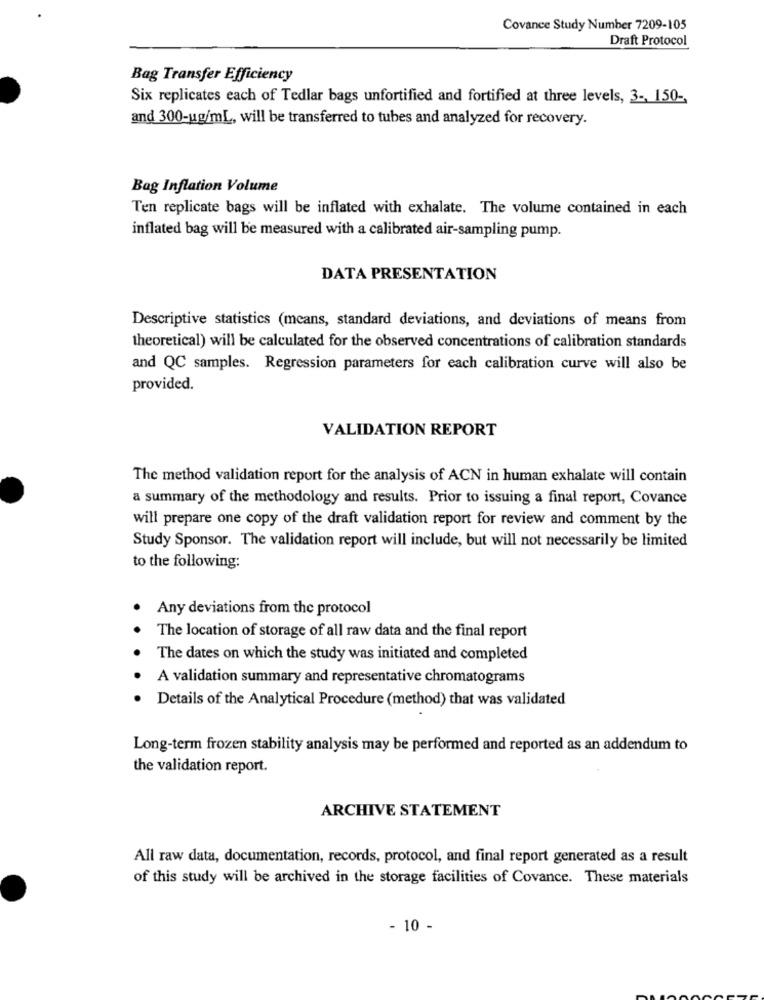
Covance Study Number 7209-105
Draft Protocol
Bag Transfer Efficiency
Six replicates each of Tedlar bags unfortified and fortified at three levels, 3 -, 150 -,
and 300-ug/mL, will be transferred to tubes and analyzed for recovery.
Bag Inflation Volume
Ten replicate bags will be inflated with exhalate. The volume contained in each
inflated bag will be measured with a calibrated air-sampling pump.
DATA PRESENTATION
Descriptive statistics (means, standard deviations, and deviations of means from
theoretical) will be calculated for the observed concentrations of calibration standards
and QC samples. Regression parameters for each calibration curve will also be
provided.
VALIDATION REPORT
The method validation report for the analysis of ACN in human exhalate will contain
a summary of the methodology and results. Prior to issuing a final report, Covance
will prepare one copy of the draft validation report for review and comment by the
Study Sponsor. The validation report will include, but will not necessarily be limited
to the following:
Any deviations from the protocol
The location of storage of all raw data and the final report
The dates on which the study was initiated and completed
A validation summary and representative chromatograms
Details of the Analytical Procedure (method) that was validated
Long-term frozen stability analysis may be performed and reported as an addendum to
the validation report.
ARCHIVE STATEMENT
All raw data, documentation, records, protocol, and final report generated as a result
of this study will be archived in the storage facilities of Covance. These materials
- 10 -